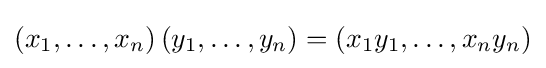
\left(x_{1},\ldots ,x_{n}\right)\left(y_{1},\ldots ,y_{n}\right)=\left(x_{1}y_{1},\ldots ,x_{n}y_{n}\right)